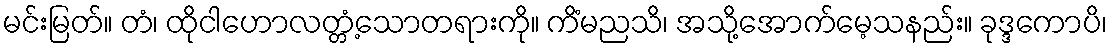
မင်းမြတ်။ တံ၊ ထိုငါဟောလတ္တံ့သောတရားကို။ ကိံမညသိ၊ အသို့အောက်မေ့သနည်း။ ခုဒ္ဒကောပိ၊